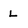
Character: L